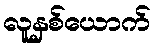
လူနှစ်ယောက်